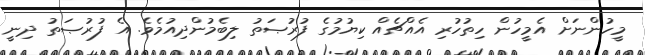
މީހުންނަށް އެމީހުން ހިތުހުރި އެއްޗެއް ކިޔުމުގެ ފުރުޞަތު ލިބެމުންދިއުމެވެ. އެ ފުރުޞަތު ދިނީ